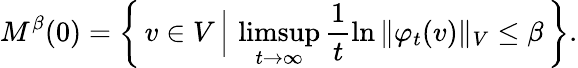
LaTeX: M^{\beta}(0)=\left\{ \, v\in V\, \Big\vert\, \operatorname*{limsup}_{t\to\infty}\frac{1}{t}\ln{\Vert\varphi_{t}(v)\Vert_{V}}\leq\beta\, \right\} .